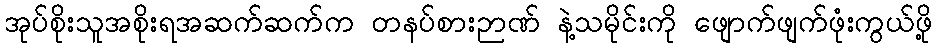
အုပ်စိုးသူအစိုးရအဆက်ဆက်က တနပ်စားဉာဏ် နဲ့သမိုင်းကို ဖျောက်ဖျက်ဖုံးကွယ်ဖို့